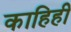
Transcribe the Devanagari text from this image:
काहिही